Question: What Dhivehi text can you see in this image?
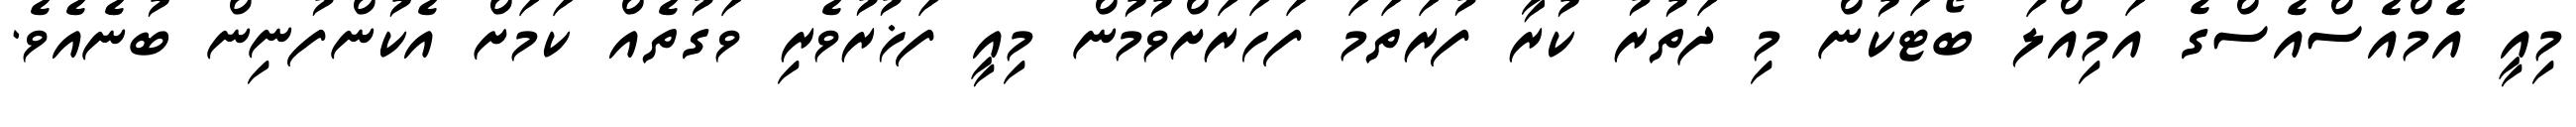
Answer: މިއީ އެމްއެސްއެސްގެ އަމިއްލަ ބޯޓަކުން މި ދަތުރު ކުރާ ފުރަތަމަ ފަހަރަށްވުމުން މިއީ ފަޚުރުވެރި ވަގުތެއް ކަމަށް އެކުންފުނިން ބުނެއެވެ.